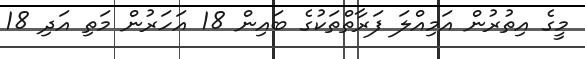
މީގެ އިތުރުން އަމިއްލަ ފަރާތްތަކުގެ ބައިން 18 އަހަރުން މަތި އަދި 18